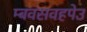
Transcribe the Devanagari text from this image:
म्बवसवहपेउ